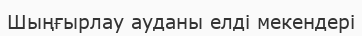
Шыңғырлау ауданы елді мекендері